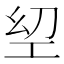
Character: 𢀟